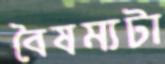
বৈষম্যটা